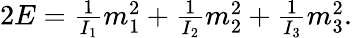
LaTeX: \begin{array}{r}{2E=\frac{1}{I_{1}}m_{1}^{2}+\frac{1}{I_{2}}m_{2}^{2}+\frac{1}{I_{3}}m_{3}^{2}.}\end{array}